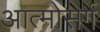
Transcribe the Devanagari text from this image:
आत्मोसर्ग